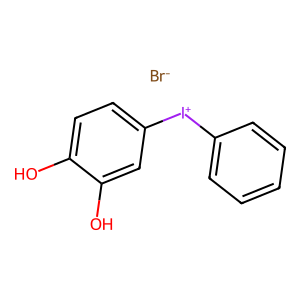
SMILES: Oc1ccc([I+]c2ccccc2)cc1O.[Br-]
Inhibits HIV replication: No